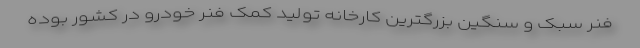
فنر سبک و سنگین بزرگترین کارخانه تولید کمک فنر خودرو در کشور بوده